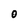
Character: O